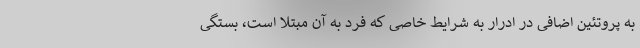
به پروتئین اضافی در ادرار به شرایط خاصی که فرد به آن مبتلا است، بستگی